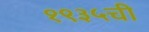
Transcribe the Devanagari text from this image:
१९३५ची